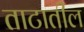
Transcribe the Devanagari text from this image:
ताटातील